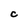
Character: C